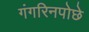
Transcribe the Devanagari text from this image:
गंगरिनपोछे